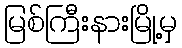
မြစ်ကြီးနားမြို့မှ